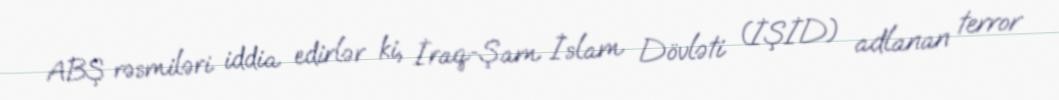
ABŞ rəsmiləri iddia edirlər ki, İraq-Şam İslam Dövləti (İŞİD) adlanan terror